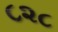
૮૨૮